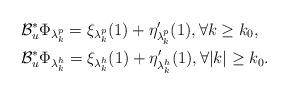
LaTeX: \begin{align*}&\mathcal B^*_u \Phi_{\lambda^p_k} = \xi_{\lambda^p_k}(1) + \eta^\prime_{\lambda^p_k}(1), \forall k \geq k_0, \\&\mathcal B^*_u \Phi_{\lambda^h_k} = \xi_{\lambda^h_k}(1) + \eta^\prime_{\lambda^h_k}(1), \forall |k|\geq k_0. \end{align*}